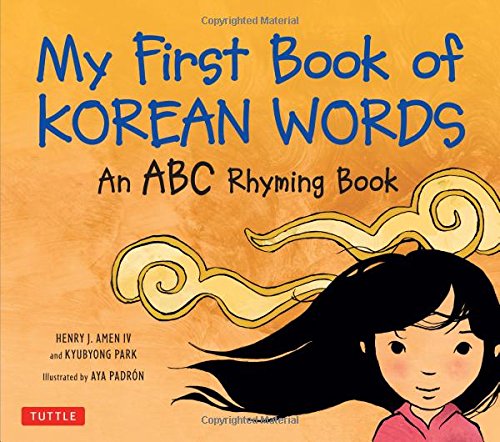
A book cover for My First Book of Korean Words: An ABC Rhyming Book; Kyubyong Park; Children's Books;